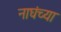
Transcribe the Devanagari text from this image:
नाघंच्या